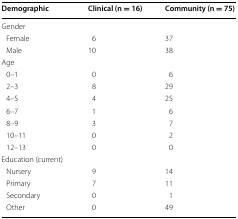
| Demographic | Clinical (n = 16) | Community (n = 75) |
 | --- | --- | --- |
 | <COLSPAN=3> Gender |
 | Female | 6 | 37 |
 | Male | 10 | 38 |
 | <COLSPAN=3> Age |
 | 0–1 | 0 | 6 |
 | 2–3 | 8 | 29 |
 | 4–5 | 4 | 25 |
 | 6–7 | 1 | 6 |
 | 8–9 | 3 | 7 |
 | 10–11 | 0 | 2 |
 | 12–13 | 0 | 0 |
 | <COLSPAN=3> Education (current) |
 | Nursery | 9 | 14 |
 | Primary | 7 | 11 |
 | Secondary | 0 | 1 |
 | Other | 0 | 49 |